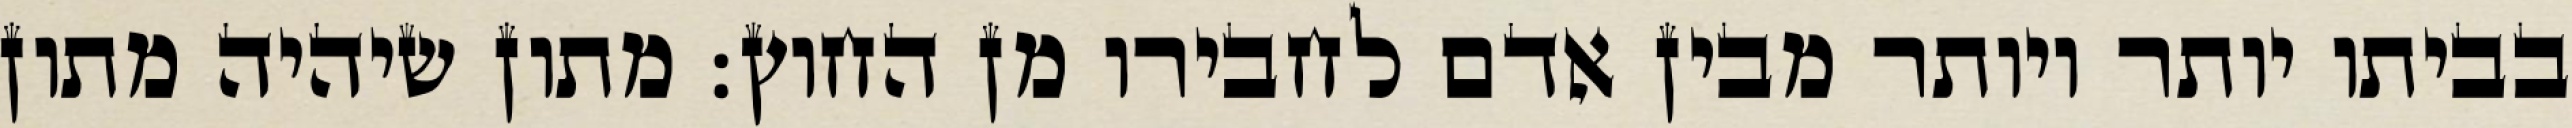
בביתו יותר ויותר מבין אדם לחבירו מן החוץ: מתון שיהיה מתון